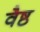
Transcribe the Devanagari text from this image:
वैष्ठ